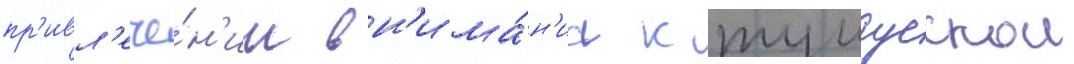
пр'ивл'ече́н'ии вн'има́н'иа к тунгусскои